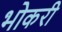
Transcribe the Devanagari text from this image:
भोकरी